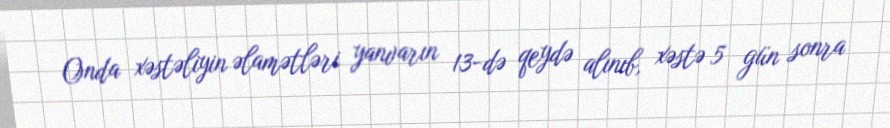
Onda xəstəliyin əlamətləri yanvarın 13-də qeydə alınıb, xəstə 5 gün sonra